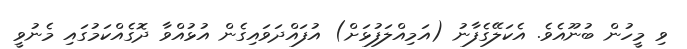
ވި މީހުން ބުނޫއެވެ. އެކަލޭގެފާނު (އަމިއްލަފުޅަށް) އުފައްދަވައިގެން އުޅުއްވާ ދޮގެއްކަމުގައި މެނުވީ